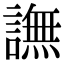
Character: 譕